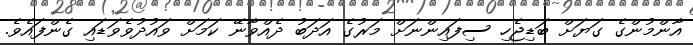
އާންމުންގެ ގަޔަށް ބަޑިޖެހި ސިފައިންނަށް މަރުގެ އަދަބު ދެއްވާނޭ ކަމަށް ވައުދުވެވަޑައި ގެންފައެވެ.